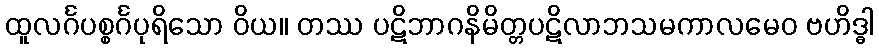
ထူလင်္ဂပစ္စင်္ဂပုရိသော ဝိယ။ တဿ ပဋိဘာဂနိမိတ္တပဋိလာဘသမကာလမေဝ ဗဟိဒ္ဓါ